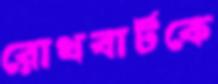
রোথবার্টকে